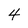
Character: 4